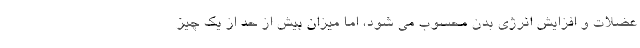
عضلات و افزایش انرژی بدن محسوب می شود، اما میزان بیش از حد از یک چیز